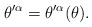
\begin{align*}\theta^{\prime\alpha}=\theta^{\prime\alpha}(\theta).\end{align*}